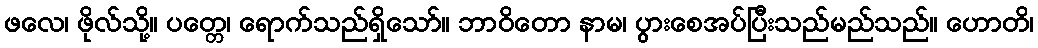
ဖလေ၊ ဖိုလ်သို့။ ပတ္တေ၊ ရောက်သည်ရှိသော်။ ဘာဝိတော နာမ၊ ပွားစေအပ်ပြီးသည်မည်သည်။ ဟောတိ၊